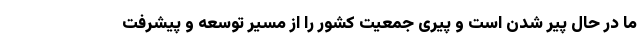
ما در حال پیر شدن است و پیری جمعیت کشور را از مسیر توسعه و پیشرفت